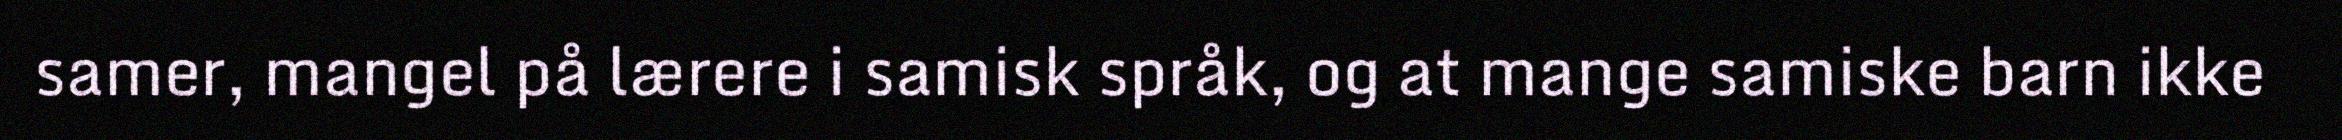
samer, mangel på lærere i samisk språk, og at mange samiske barn ikke